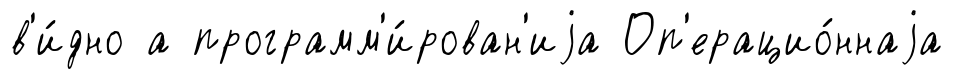
в'и́дно а программ'и́рован'иjа Оп'ерацио́ннаjа